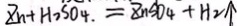
z _ { n } + H _ { 2 } S O _ { 4 } . = z n S O _ { 4 } + H _ { 2 } \uparrow